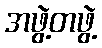
အဖွဲ့တဖွဲ့